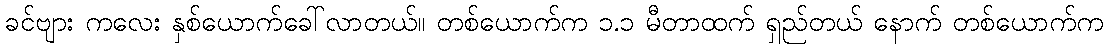
ခင်ဗျား ကလေး နှစ်ယောက်ခေါ်လာတယ်။ တစ်ယောက်က ၁.၁ မီတာထက် ရှည်တယ် နောက် တစ်ယောက်က